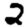
Digit: 2